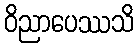
ဝိညာပေဿသိ